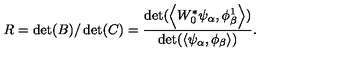
R = \det ( B ) / \det ( C ) = { \frac { \det ( \left< W _ { 0 } ^ { * } \psi _ { \alpha } , \phi _ { \beta } ^ { 1 } \right> ) } { \det ( \left< \psi _ { \alpha } , \phi _ { \beta } \right> ) } } .